system: You are a helpful assistant.
user:
Analyze the provided spectrum to determine if it is a **Carbon Star (C-type)**.

- **Key Visual Indicators of Carbon Star:**
    - **(Primary):** Strong molecular absorption from **C₂ (diatomic carbon) "Swan Bands."** This is the **defining feature** of a carbon star.
        - **(Key Bandheads):** Sharp absorption edges are visible at approximately $5635$ Å, $5165$ Å (the strongest band), and $4737$ Å.
        - **(Line Profile):** Creates a distinct **"saw-tooth"** pattern. The key morphology is a sharp, steep bandhead on the **red (long-wavelength) side**, which then gradually tapers off (i.e., flux recovers) towards the **blue (short-wavelength) side**. *(This is the direct opposite of the TiO bands seen in M-type stars)*.

    - **(Secondary):** Intense **CN (cyanogen)** molecular absorption bands.
        - **(Key Bandheads):** Located in the blue and violet regions of the spectrum (e.g., near $4215$ Å and $3883$ Å).
        - **(Morphology):** These bands are extremely broad and act as a "blanket," absorbing the vast majority of blue and violet light. This creates a characteristic **"cliff"** or **"steep drop-off"** in the spectrum's flux at short wavelengths.

    - **(Key Confirmation):** Strong **CH absorption band (G-band)**.
        - **(Key Bandhead):** Located around $4300$ Å. The contribution from CH molecules to this band is exceptionally strong.

    - **(Overall Spectrum):**
        - The continuum is severely "chopped up" by these deep molecular bands, especially C₂, rather than appearing as a smooth curve.
        - Due to the heavy CN and C₂ absorption in the blue-green, the vast majority of the star's flux is concentrated in the red part of the spectrum, giving the star its characteristic deep red color.

Think first, call **spectral_visualization_tool** if needed to examine features in detail, then provide your final answer. Your response must adhere to the following strict rules:
1.  **Overall Structure:** Your response must follow the format `<think>...</think> <tool_call>...</tool_call> (if a tool is used) <answer>...</answer>`.
2.  **Tool Usage Constraint:** You may only make **one** tool call per turn.
3.  **Final Answer Format:** In the `<answer>` tag, your conclusion must be inside a `\boxed{}` command (e.g., `\boxed{YES}`), followed by your justification.

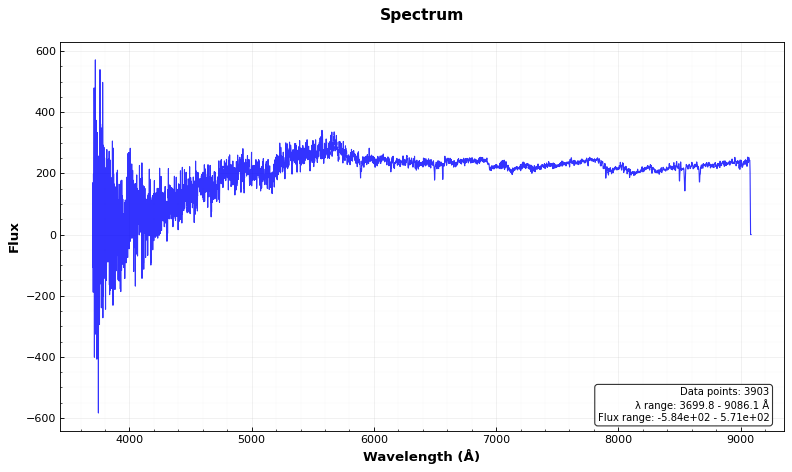
Answer: YES